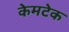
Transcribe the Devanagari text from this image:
केमटेक